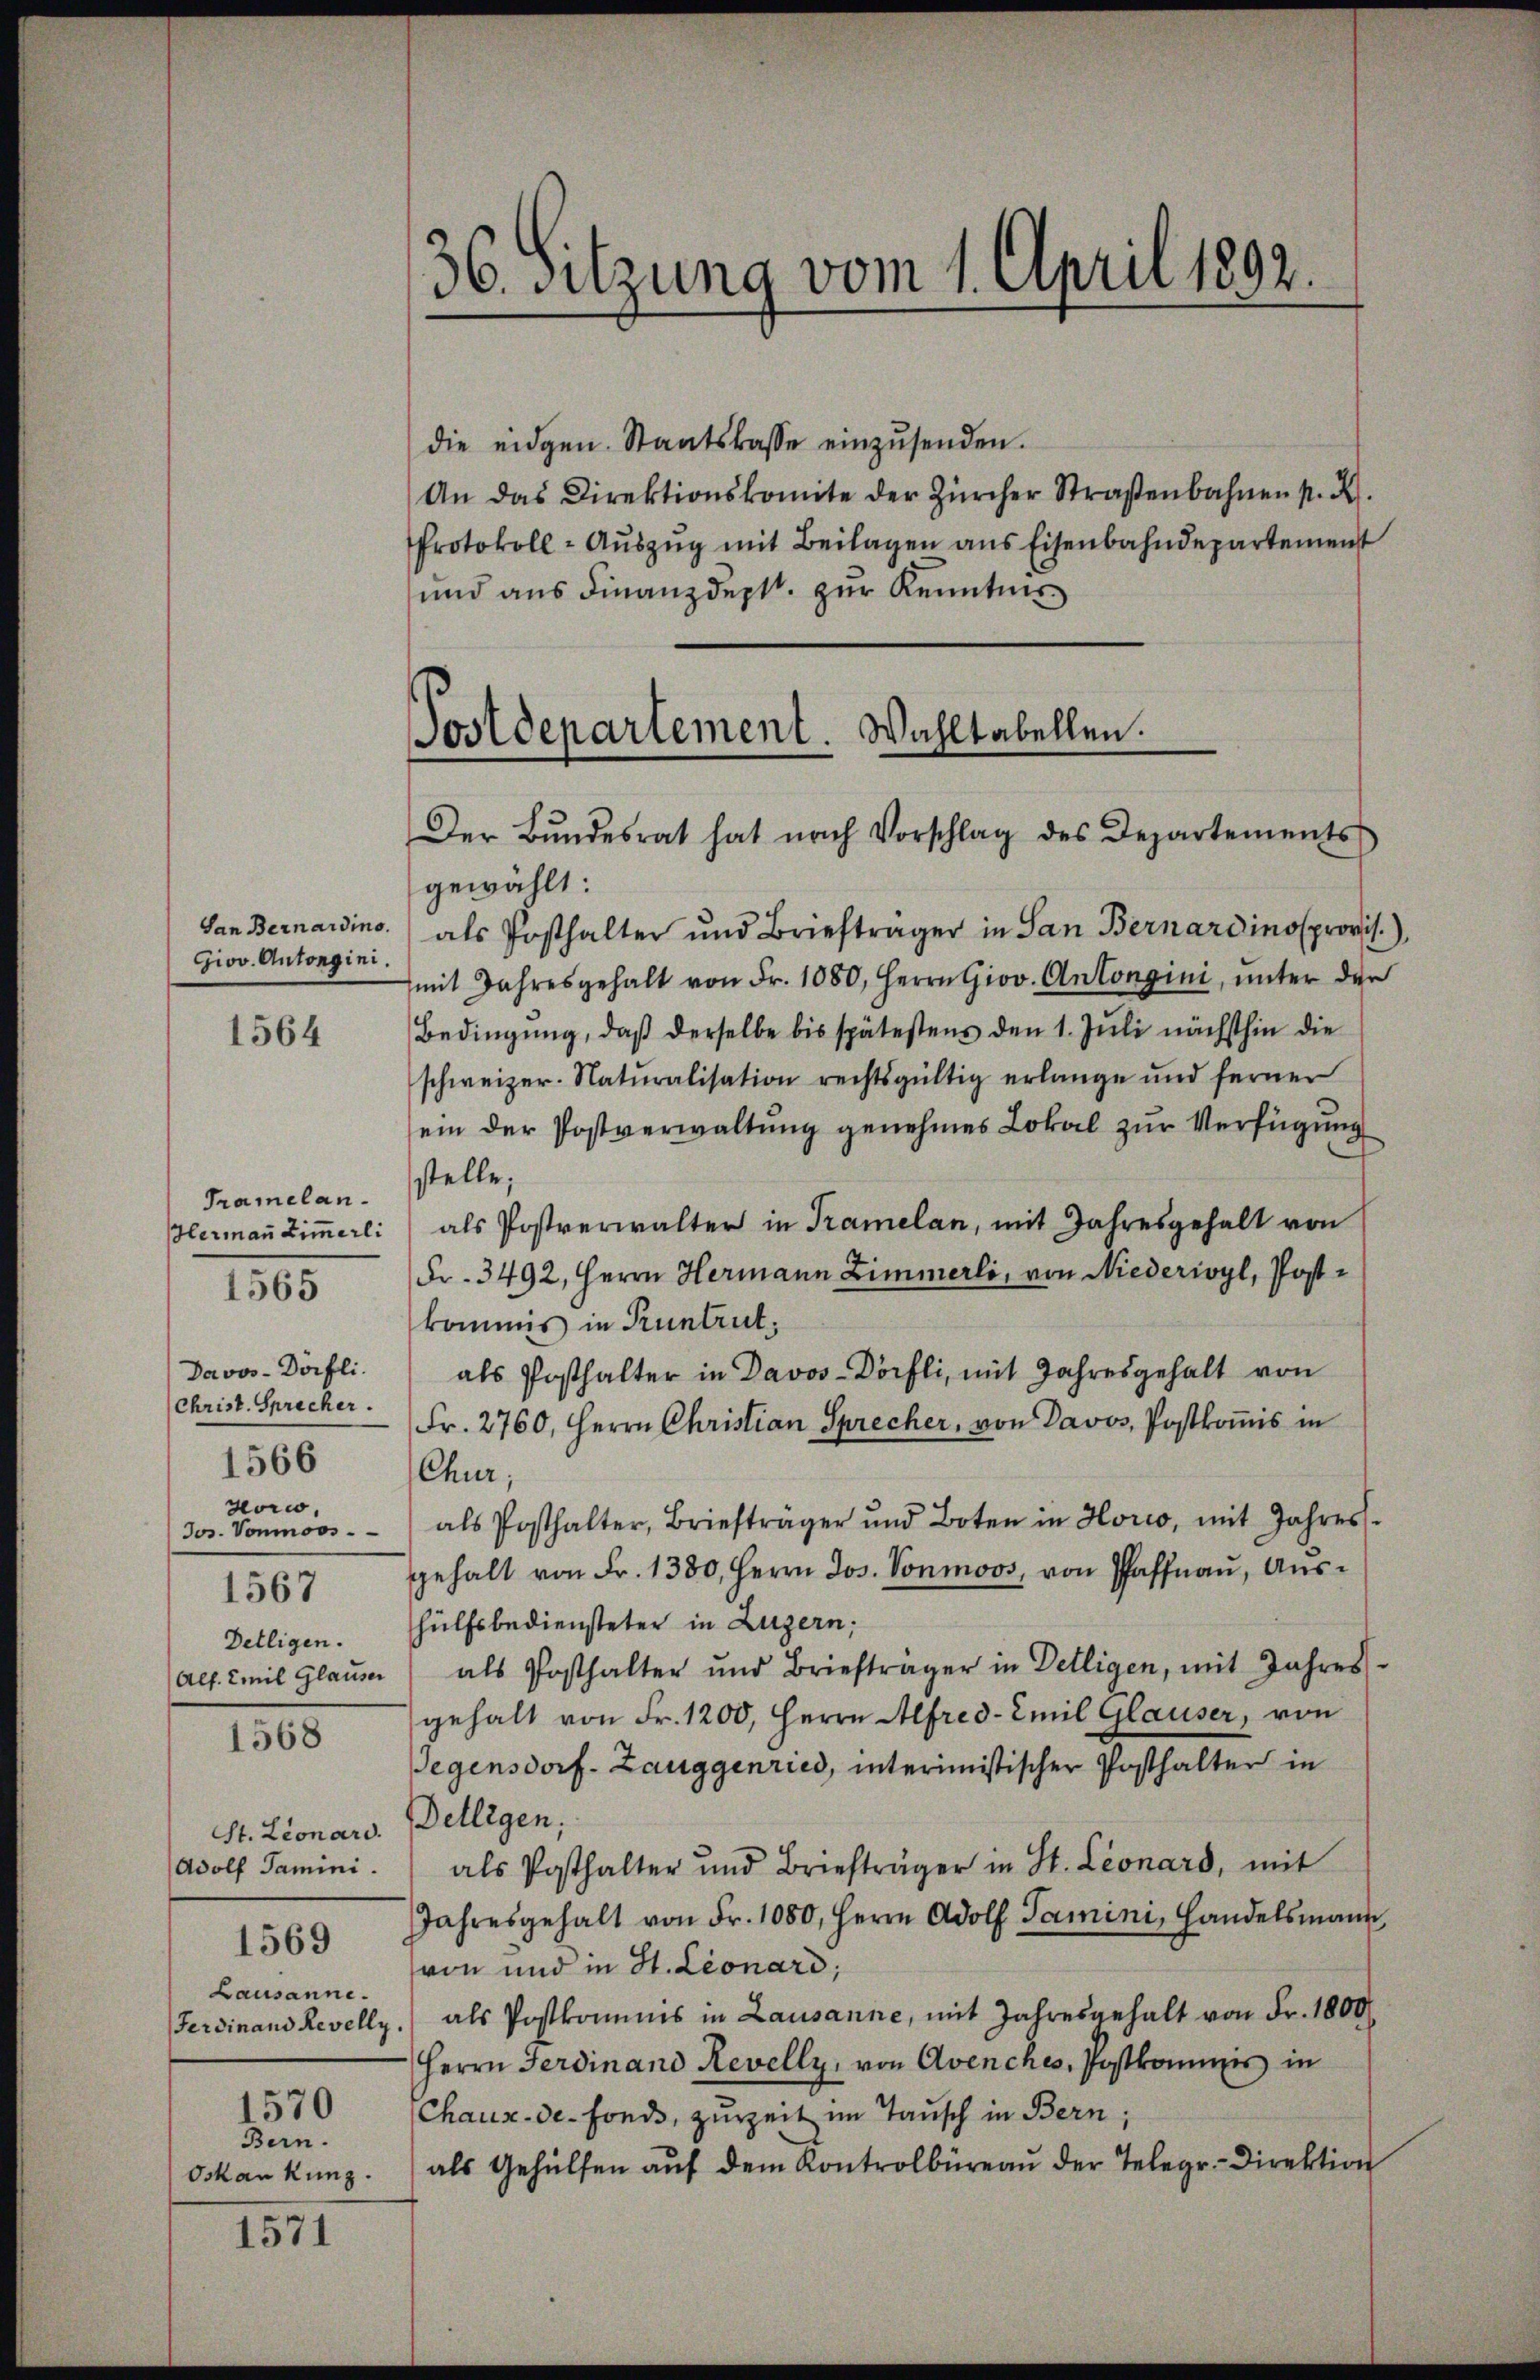
San Bernardino.
Giov. Antorgini.

1564

Tramelan
HHermann Zimmerli
Davos- Dörfli.
(Christ. Sprecher.
1566
Horco,
Jos. Vonmoos
1567
Delligen.

1565

1568

St. Lionars. Delligen;
Adolf Tamini.
1569
Lausanne.
1570
Bern.
Oskar Kunz.

1571

36. Sitzung vom 1. April 1892.

die eidgen. Staatskasse einzŭsenden.
An das Direktionskomite der Zürcher Straßenbahnen p. X.
Protokoll-Aŭszŭg mit Beilagen ans Eisenbahndepartement
und aus Finanzdeptt. zur Kenntnis

Postdepartement. Wahltabellen.

Der Bŭndesrat hat nach Vorschlag des Departements
gewählt:
als Posthalter und Briefträger in San Bernardinos provis.),
mit Jahresgehalt von Fr. 1080, Herrn Giov. Antongini, ŭnter der
Bedingung, daß derselbe bis spätestens den 1. Juli nächsthin die
schweizer. Naturalisation rechtsgültig erlange und ferner
ein der Postverwaltung genehmes Lokal zur Verfügung
stelle;
als Postverwalter in Tramelan, mit Jahresgehalt von
Fr. 3492, Herrn Hermann Zimmerli, von Niederivyl, Postkommis in Pruntrut,
als Posthalter in Davos-Dörfli, mit Jahresgehalt von
Fr. 2760, Herrn Christian Sprecher, von Davos, Postkomis in
Chur,
als Posthalter, Briefträger und Boten in Horio, mit Jahres.
gehalt von Fr. 1380, Herrn Jos. Vonmoos, von Pfaffnaŭ, Aŭs-
hülfsbediensteter in Luzern,
Alt. Emil Glaŭm als Posthalter und Briefträger in Delligen, mit Jahres-
gehalt von Fr. 1200, Herrn Alfred-Emil Glauser, von
Gegensdorf-Zauggenried, interimistischer Posthalten in
als Posthalter und Briefträger in St. Leonard, mit
Jahresgehalt von Fr. 1080. Herrn Adolf Tamini, Handelsmann
von und in H. Leonard;
Ferdinand Revelly, als Postkomis in Lausanne, mit Jahresgehalt von Fr. 1800.
Herrn Ferdinand Revelly, von Avenches, Postkommis in
Chaux-de-Fonds, zurzeit im Tausch in Bern;
als Gehülfen aŭf dem Kontrolbüreaŭ der Telegr-Direktion